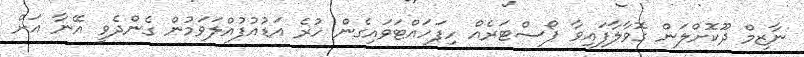
ނާޒިމް ދޫކޮށްލަން ގޮވާލާފައިވާ ޕޯސްޓަރެއް ހިފަހައްޓަވައިގެން ހުރެ އަޑުއުފުއްލަވަމުން ގެންދެވީ އޭނާ އަށް